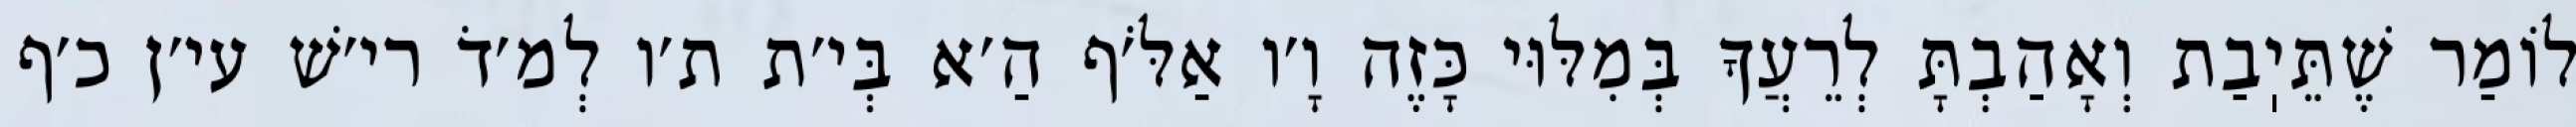
לוֹמַר שֶׁתֵּיֽבַת וְאָהַבְתָּ לְרֵעֲךָ בְּמִלּוּי כָּזֶה וָ׳ו אַלֹּ׳ף הַ׳א בְּי׳ת ת׳ו לְמ׳דֹ רי׳שׁ עי׳ן כ׳ף